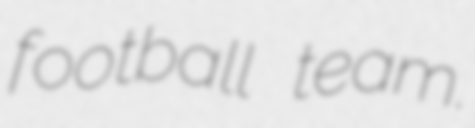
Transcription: football team.